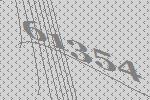
61354